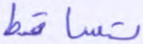
تساقط